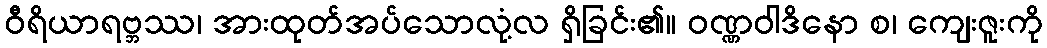
ဝီရိယာရဗ္ဘဿ၊ အားထုတ်အပ်သောလုံ့လ ရှိခြင်း၏။ ဝဏ္ဏဝါဒိနော စ၊ ကျေးဇူးကို